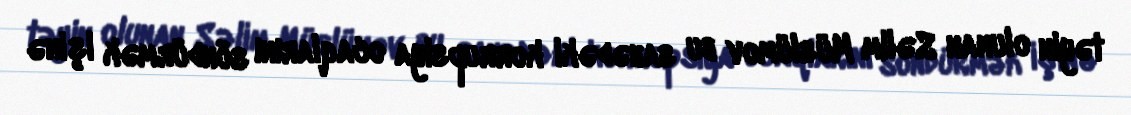
təyin olunan Səlim Müslümov bu sahədəki korrupsiya ocaqlarını söndürmək işinə